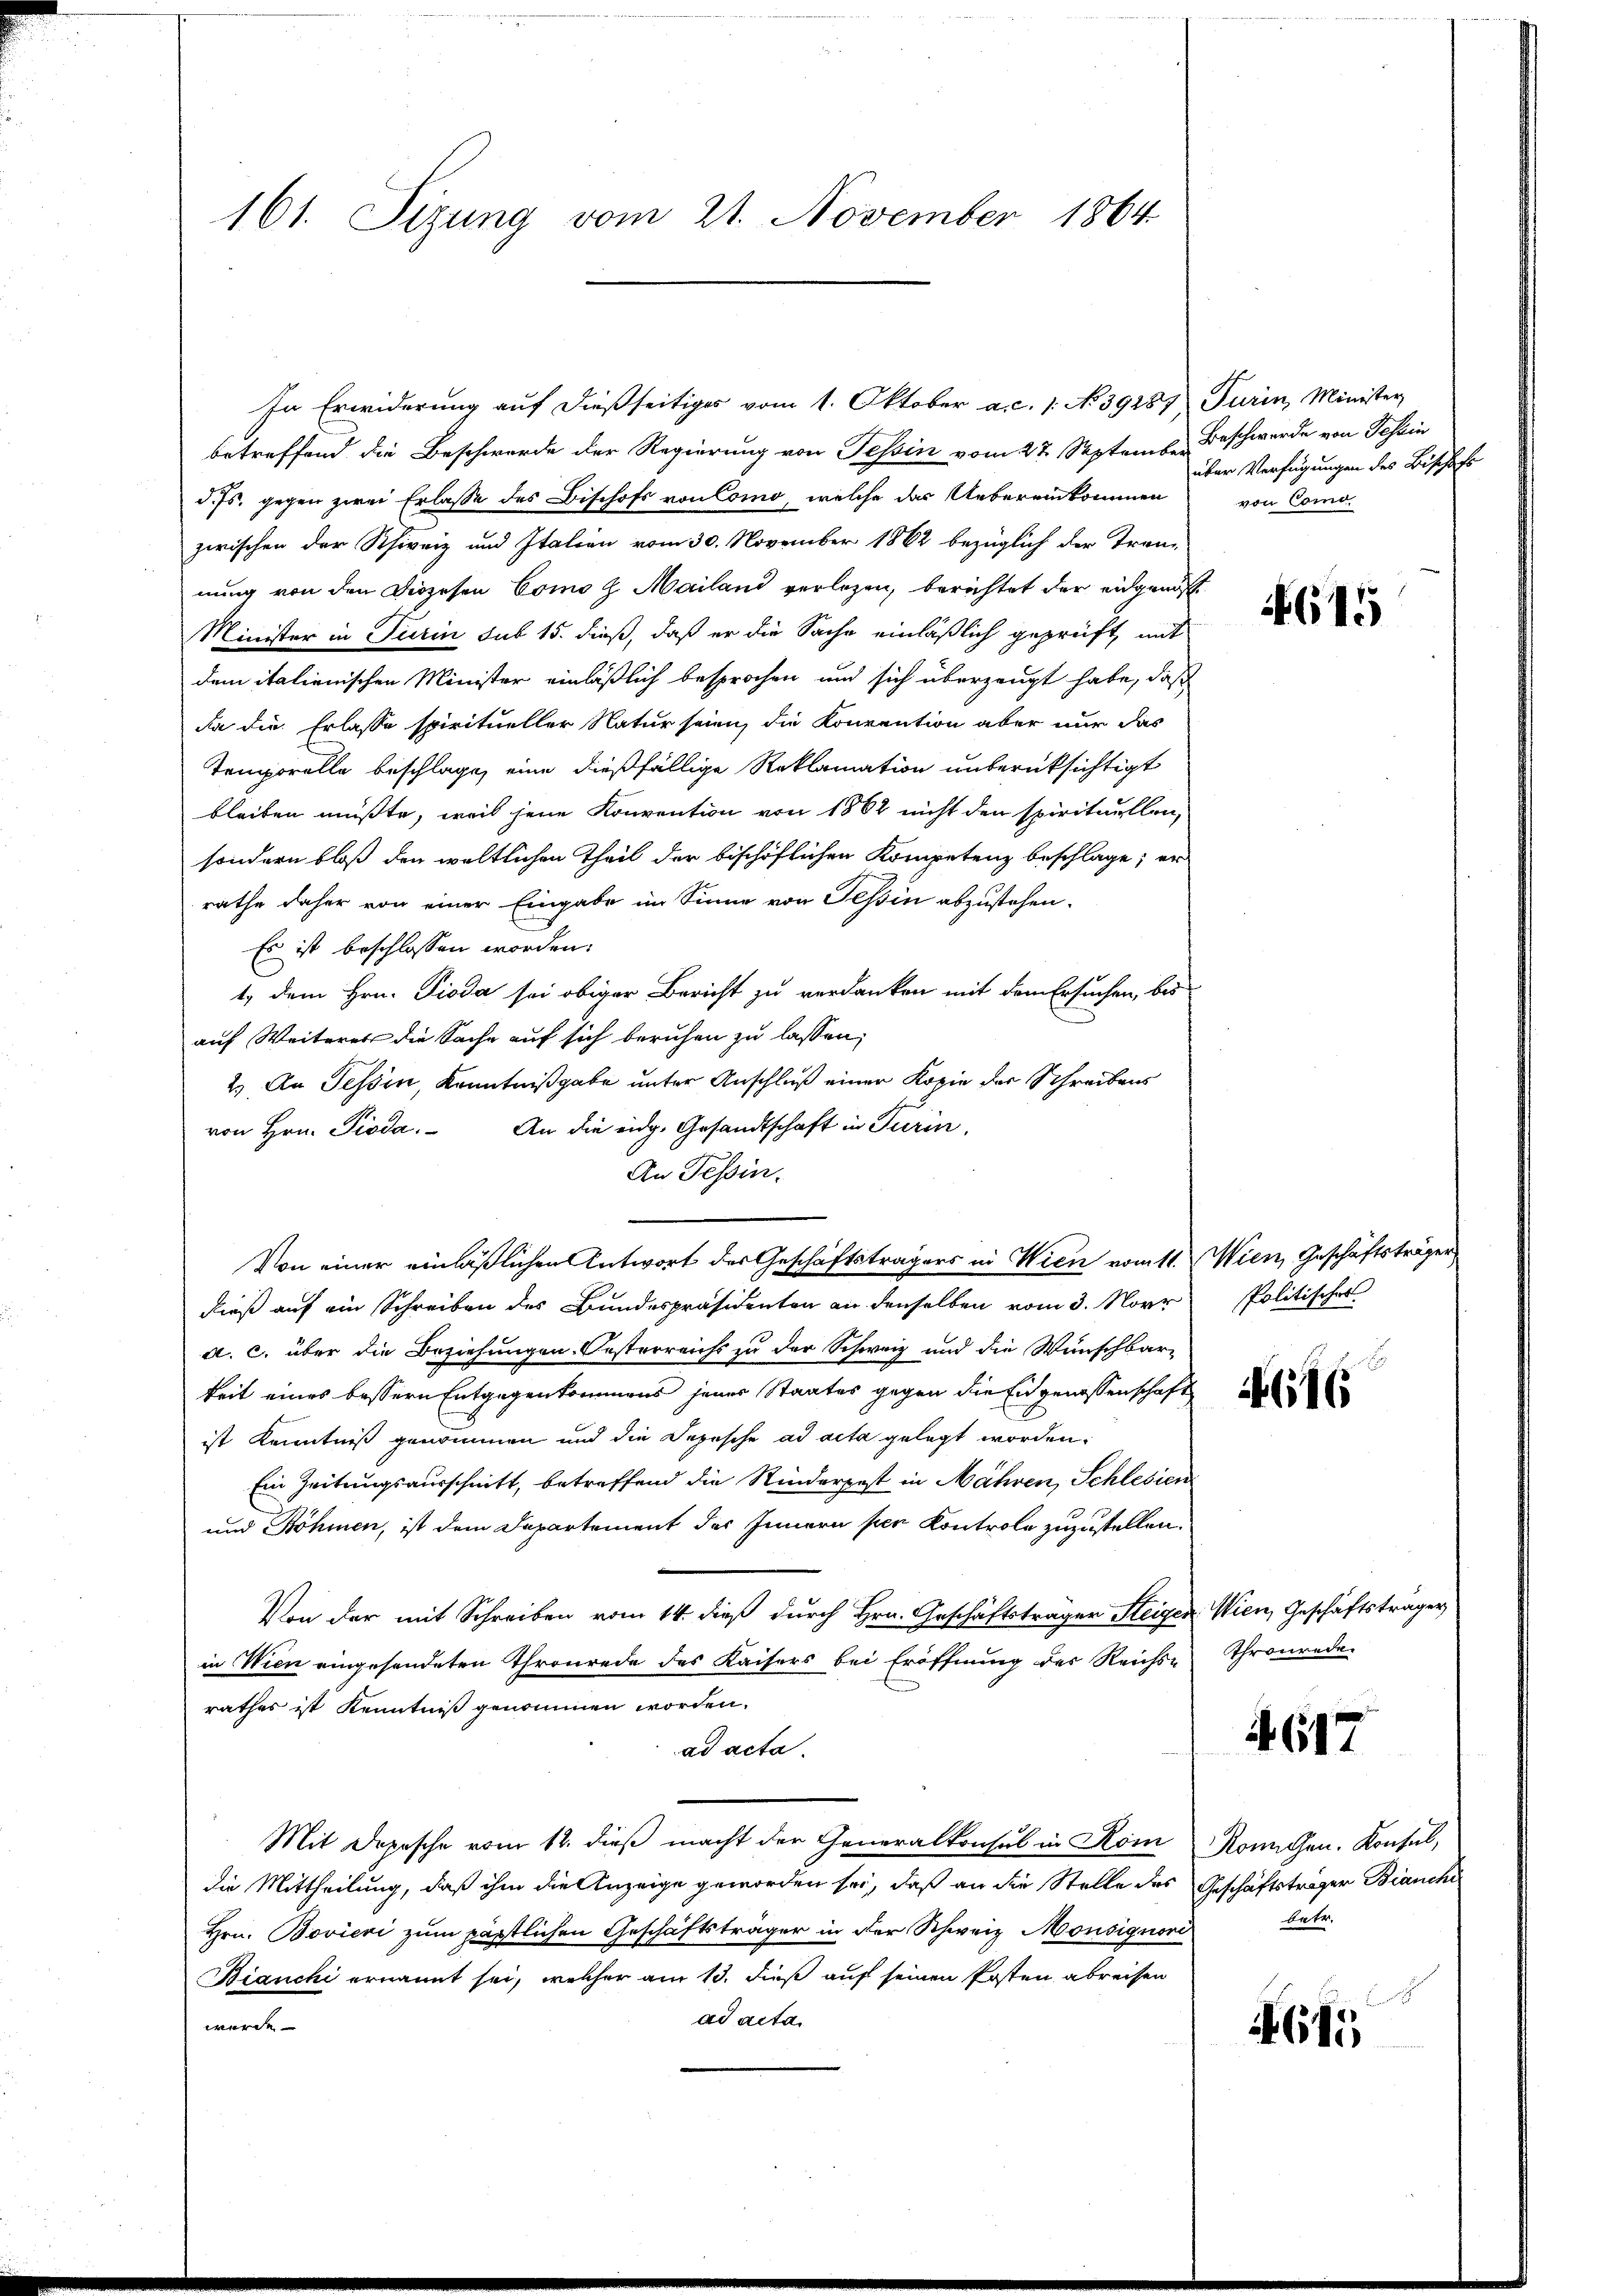
161. Sizung vom 21. November 1864

betreffend die Beschwerde der Regierung von Tessin vom 27. September Beschwerde von Tessin
d. Js. gegen zwei Erlasse des Bischofs von Como, welche das Uebereinkommen von Como-
zwischen der Schweiz und Italien vom 30. November 1862 bezüglich der Tren-
nung von den Diözesen Como g. Mailand verlegen, berichtet der eidgenos
Minister in Turin sub 15. dieß, daß er die Sache einläßlich geprüft, mit
dem italienischen Minister einläßlich besprochen und sich überzeugt habe, daß
Da die Erlasse spiritueller Natur seien, die Konvention aber nur das
Temporelle beschlage, eine dießfällige Reklamation unberüksichtigt
bleiben müßte, weil jene Konvention von 1862 nicht den spirituellen,
sondern bloß den weltlichen Theil der bischöflichen Kompetenz beschlage; er
rathe daher von einer Eingabe im Sinne von Tessin abzustehen.
Es ist beschlossen worden.
1) dem Hrn. Pioda sei obiger Bericht zu verdanken mit dem Ersuchen, bis
auf Weiteres die Sache auf sich beruhen zu lassen,
2. An Tessin, Kenntnißgabe unter Anschluß einer Kopie der Schreibens
von Hrn. Pioda. An die eidg. Gesandtschaft in Turin,
An Tessin.
dieß auf ein Schreiben des Bundespräsidenten an denselben vom 3. Novr Politisches
a. c. über die Beziehungen. Oesterreichs zu der Schweiz und die Wunschbar-
keit eines bessern Entgegenkommens jener Staates gegen die Eigenossenschaft
ist Kenntniß genommen und die Depesche ad acta gelegt worden.
Ein Zeitungsausschnitt, betreffend die Kinderpest in Mähren, Schlesien
und Böhmen, ist dem Departement des Innern per Kontrole zuzustellen.
Von der mit Schreiben vom 14. dieß durch Hrn. Geschäftsträger Steigen Wien, Geschäftsträger
in Wien eingesendeten Thronrede des Kaisers bei Eröffnung des Reichs- Thronrede
rathes ist Kenntniß genommen worden.
ad acta.
Mit Depesche vom 12. dieß macht der Generalkonsul in Rom Ronnchen. Konsul,
die Mittheilung, daß ihm die Anzeige geworden sei, daß an die Stelle des Geschäftsträger Bianche
Hrn. Bovieri zum päpstlichen Geschäftsträger in der Schweiz Monsignori
Bianchi ernannt sei, welcher am 13. dieß auf seinen Posten abreisen
ad acta.
wurde

In Erwiderung auf dießseitiges vom 1. Oktober a. c. 1. No 39287) Turin, Minister

Von einer einläßlichen Antwort des Geschäftsträgers in Wien vom 11. Wien, Geschäftsträger

über Verfügungen des Bischaft

615

A 617

betr.

61